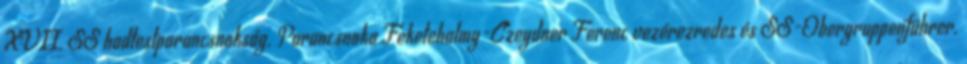
XVII. SS hadtestparancsnokság. Parancsnoka Feketehalmy-Czeydner Ferenc vezérezredes és SS-Obergruppenführer.